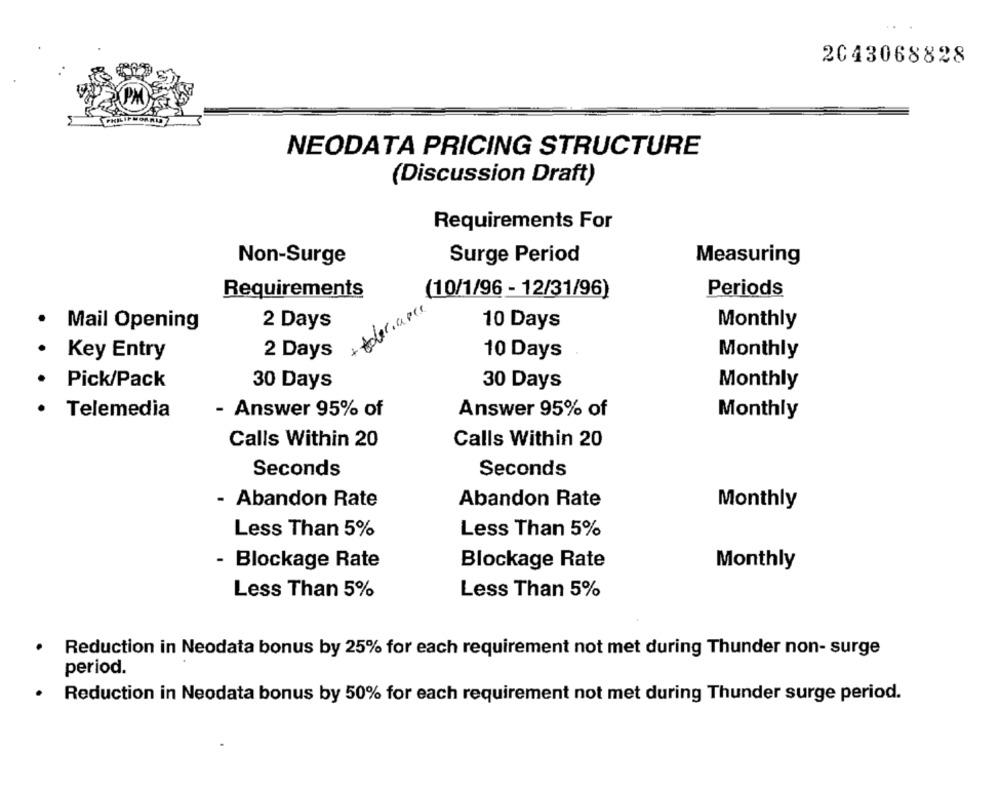
2043068828
NEODATA PRICING STRUCTURE
(Discussion Draft)
Requirements For
Non-Surge
Surge Period
Measuring
Requirements
(10/1/96 - 12/31/96)
Periods
+ tolerance
2 Days
10 Days
Monthly
.
Mail Opening
Key Entry
2 Days
10 Days
Monthly
Pick/Pack
30 Days
30 Days
Monthly
·Answer 95% of
Telemedia
Answer 95% of
Monthly
Calls Within 20
Calls Within 20
Seconds
Seconds
- Abandon Rate
Abandon Rate
Monthly
Less Than 5%
Less Than 5%
Blockage Rate
Blockage Rate
Monthly
Less Than 5%
Less Than 5%
Reduction in Neodata bonus by 25% for each requirement not met during Thunder non- surge
period.
.
Reduction in Neodata bonus by 50% for each requirement not met during Thunder surge period.